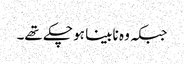
جبکہ وہ نابینا ہو چکے تھے۔